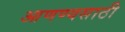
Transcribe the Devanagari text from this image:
आणण्यसाठी